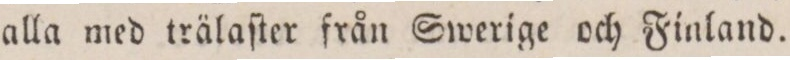
alla med trälaſter från Swerige och Finland.